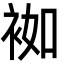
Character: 袽